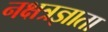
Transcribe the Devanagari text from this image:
नक्षत्रज्ञाता